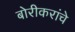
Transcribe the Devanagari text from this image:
बोरीकरांचे